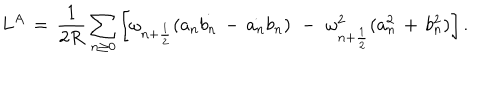
L ^ { A } \, = \, \frac { 1 } { 2 R } \sum _ { n \geq 0 } \left[ \omega _ { n + \frac { 1 } { 2 } } ( a _ { n } \dot { b _ { n } } \, - \, \dot { a _ { n } } b _ { n } ) \, \, - \, \, \omega _ { n + \frac { 1 } { 2 } } ^ { 2 } ( a _ { n } ^ { 2 } \, + \, b _ { n } ^ { 2 } ) \right] .